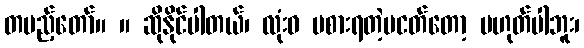
တပည့်တော်။ ။ ဆိုနိုင်ပါတယ်၊ လုံးဝ မစားရတဲ့မငတ်တော့ မဟုတ်ပါဘူး၊